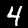
Digit: 4